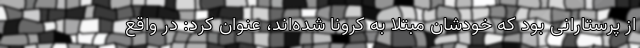
از پرستارانی بود که خودشان مبتلا به کرونا شده‌اند، عنوان کرد: در واقع